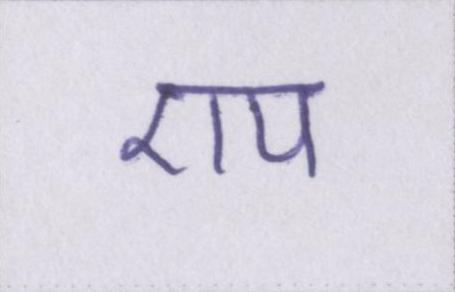
एप